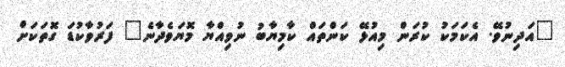
"އަދިނުވޭ. އެކަމަކު ކުރަން މިއުޅޭ ކަންތައް ކާމިޔާބު ނުވިއްޔާ މޮޔަވެދާނެ" ފަރުވާކުޑަ ގޮތަކަށް